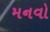
મનવો